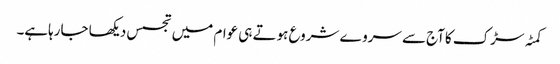
کمٹہ سڑک کاآج سے سروے شروع ہوتے ہی عوام میں تجسس دیکھا جارہاہے۔